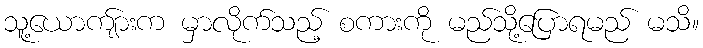
သူ့ယောကျ်ားက မှာလိုက်သည့် စကားကို မည်သို့ပြောရမည် မသိ။